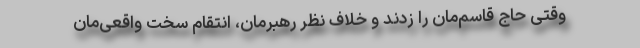
وقتی حاج قاسم‌مان را زدند و خلاف نظر رهبرمان، انتقام سخت واقعی‌مان